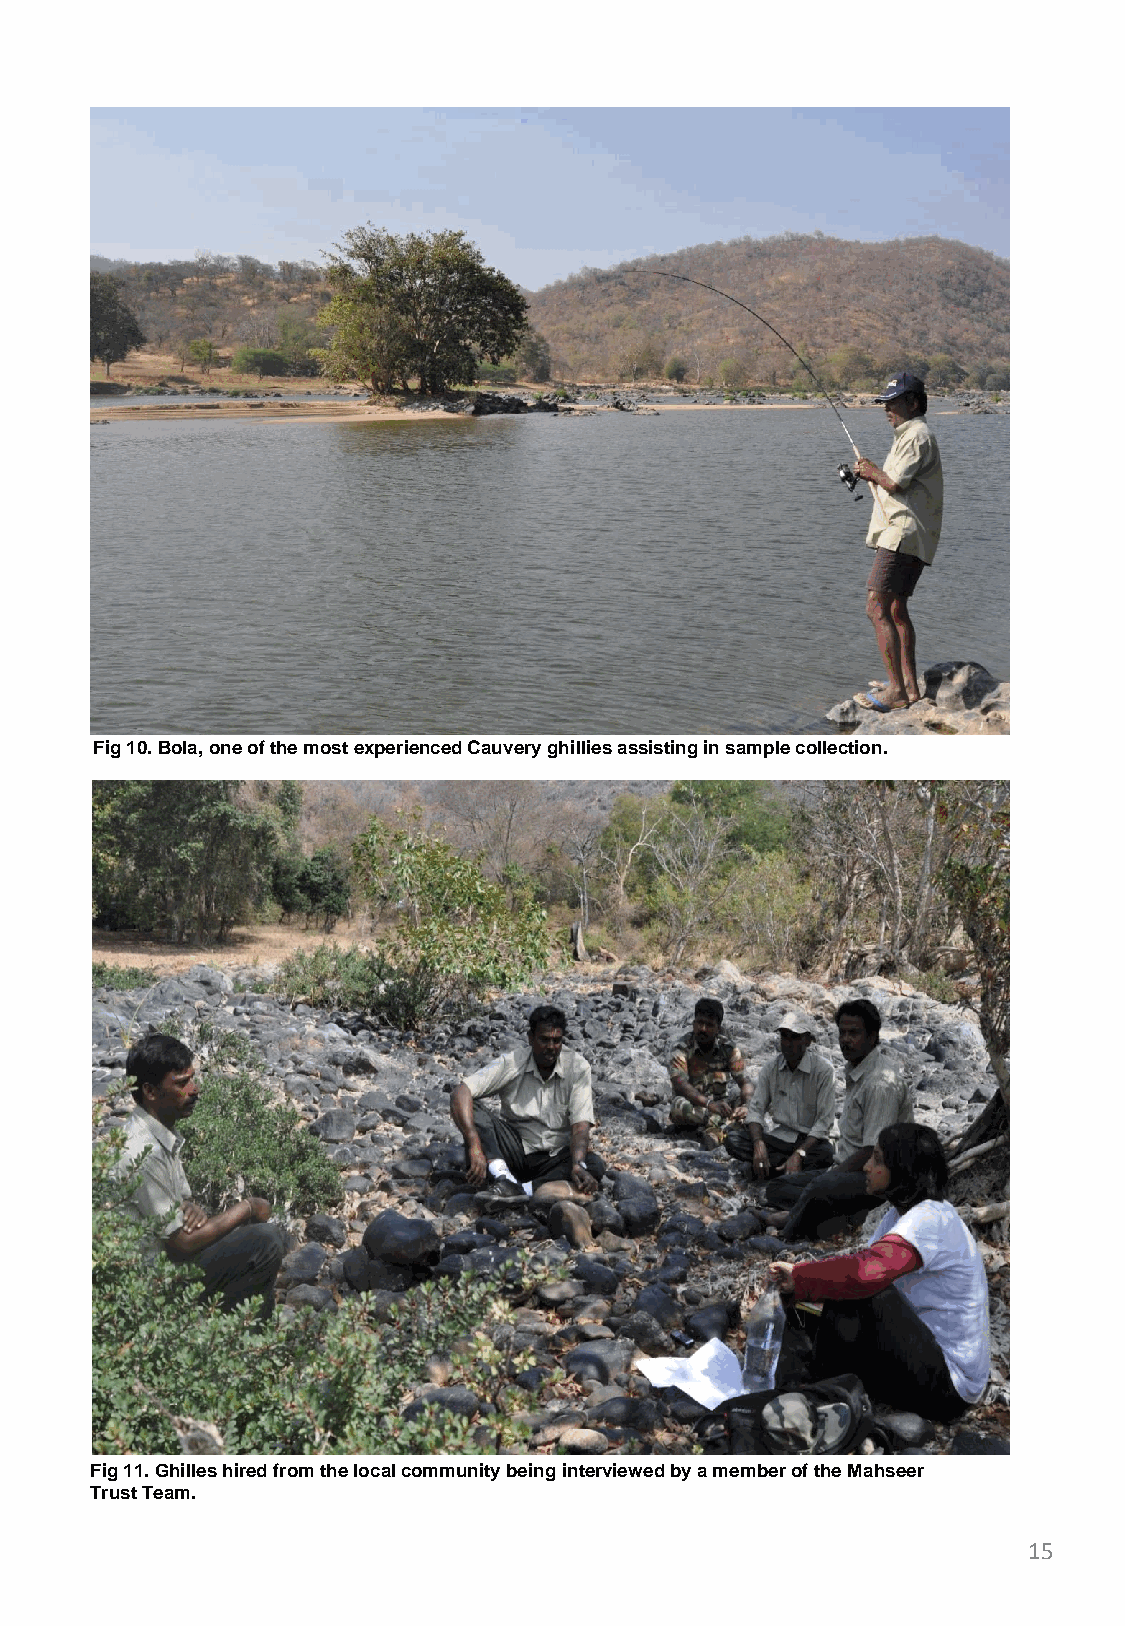
Fig 10. Bola, one of the most experienced Cauvery ghillies assisting in sample collection.
 Fig 11. Ghilles hired from the local community being interviewed by a member of the Mahseer
 Trust Team.
 15